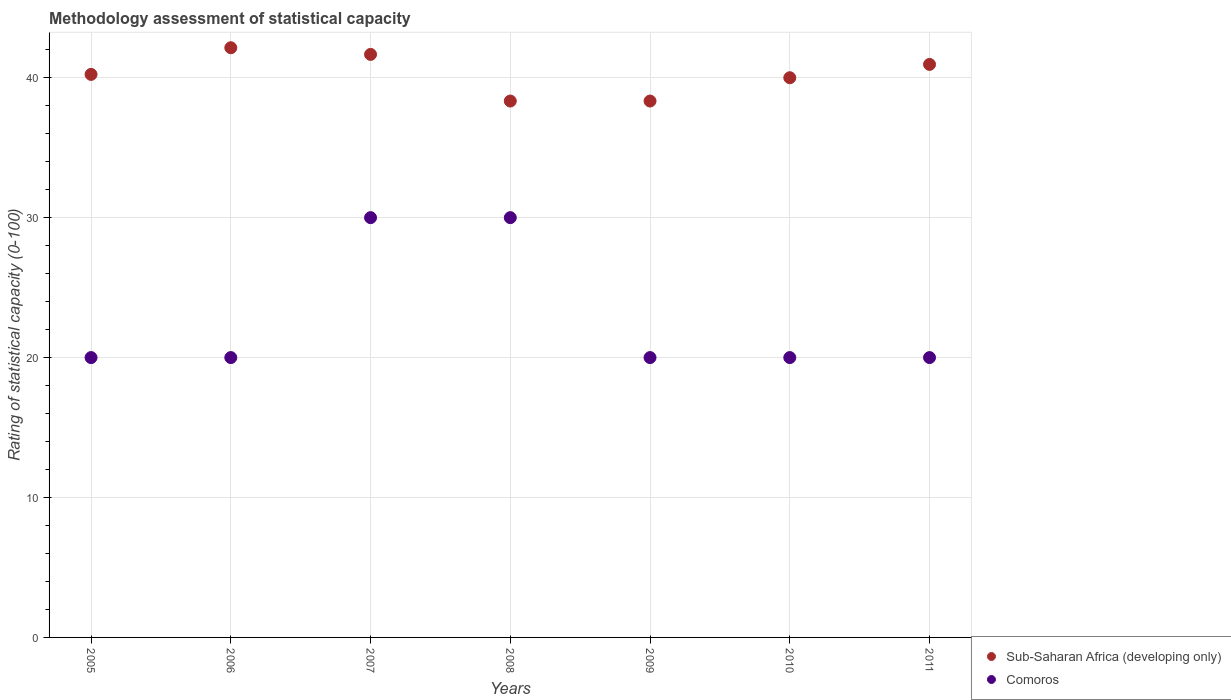
| Years | Sub-Saharan Africa (developing only) | Comoros |
 | --- | --- | --- |
 | 2005 | 40.2 | 20 |
 | 2006 | 42.1 | 20 |
 | 2007 | 41.7 | 30 |
 | 2008 | 38.3 | 30 |
 | 2009 | 38.3 | 20 |
 | 2010 | 40 | 20 |
 | 2011 | 41 | 20 |